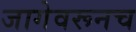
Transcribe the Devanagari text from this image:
जागेवरूनच